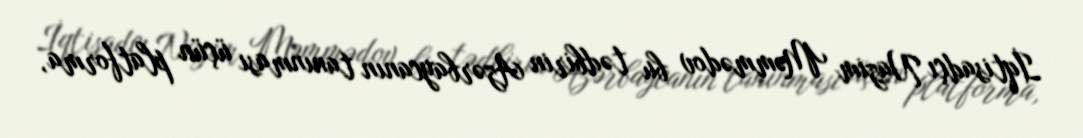
İqtisadçı Nazim Məmmədov bu tədbirin Azərbaycanın tanınması üçün platforma,